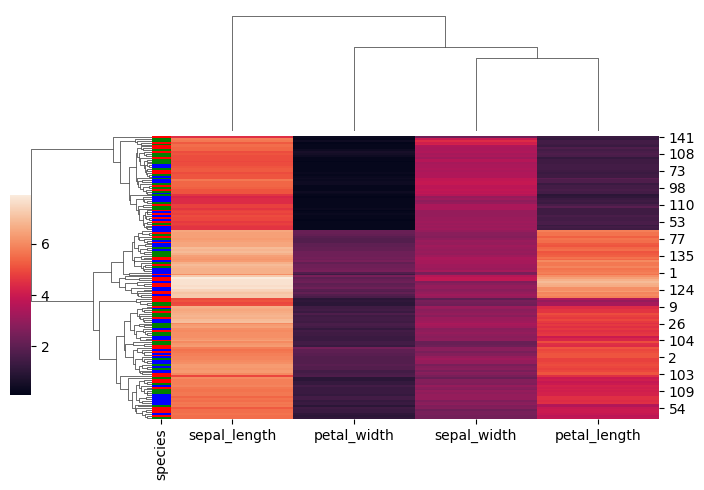
python, seaborn, clustermap, figsize=(7, 5), row_cluster=True, dendrogram_ratio=(0.2, 0.3), cbar_pos=(0, 0.2, 0.03, 0.4)